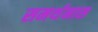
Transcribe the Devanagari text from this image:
समर्थनास